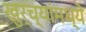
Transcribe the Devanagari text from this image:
खुर्च्यांमध्ये